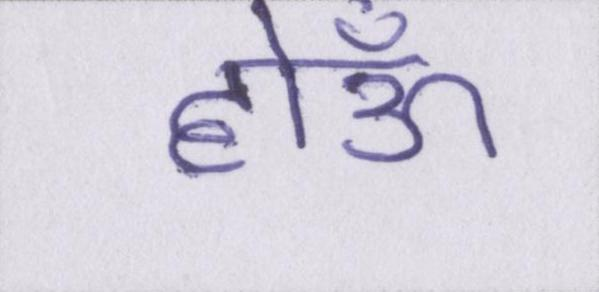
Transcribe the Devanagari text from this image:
होऊँ